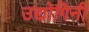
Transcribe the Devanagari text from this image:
उद्योगिनी